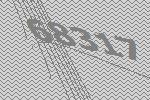
68317